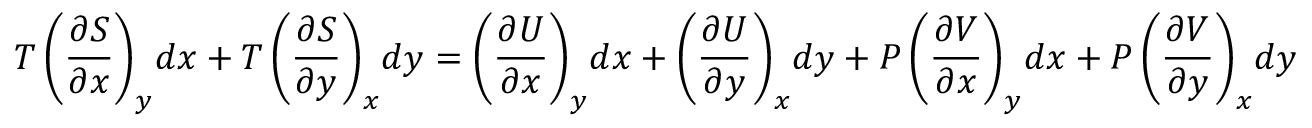
T \left( { \frac { \partial S } { \partial x } } \right) _ { y } \! d x + T \left( { \frac { \partial S } { \partial y } } \right) _ { x } \! d y = \left( { \frac { \partial U } { \partial x } } \right) _ { y } \! d x + \left( { \frac { \partial U } { \partial y } } \right) _ { x } \! d y + P \left( { \frac { \partial V } { \partial x } } \right) _ { y } \! d x + P \left( { \frac { \partial V } { \partial y } } \right) _ { x } \! d y